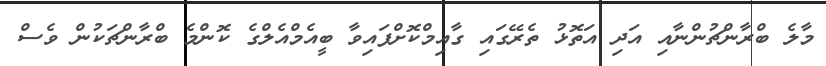
މާލެ ބްރާންޗުންނާއި އަދި އަތޮޅު ތެރޭގައި ގާއިމްކޮށްފައިވާ ބީއެމްއެލްގެ ކޮންމެ ބްރާންޗަކުން ވެސް